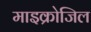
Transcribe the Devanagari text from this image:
माइक्रोजिल